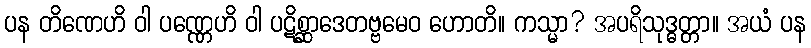
ပန တိဏေဟိ ဝါ ပဏ္ဏေဟိ ဝါ ပဋိစ္ဆာဒေတဗ္ဗမေဝ ဟောတိ။ ကသ္မာ? အပရိသုဒ္ဓတ္တာ။ အယံ ပန